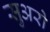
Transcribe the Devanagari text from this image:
सुअरो